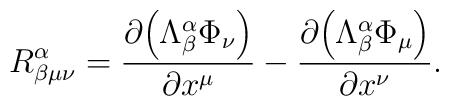
R_{\beta\mu\nu}^\alpha = \frac{\partial {\left ( \Lambda_\beta^\alpha\Phi_\nu \right )}}{\partial x^\mu} - \frac{\partial {\left (\Lambda_\beta^\alpha \Phi_\mu \right )}}{\partial x^\nu},